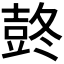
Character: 𰋋